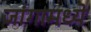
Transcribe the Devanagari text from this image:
जांगामध्ये